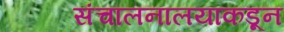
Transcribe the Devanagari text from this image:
संचालनालयाकडून